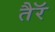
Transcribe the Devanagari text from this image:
तैरॅ